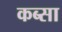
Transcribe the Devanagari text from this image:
कब्सा